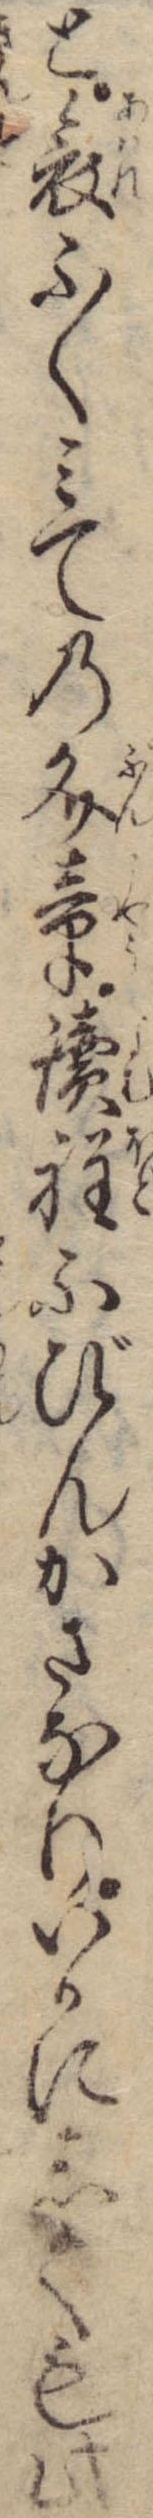
と哀ふくみての文章読程ふびんかさなりいかにしても此